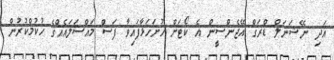
އަދި ނޭޝަނަލް ޑްރަގް އޭޖެންސީން އެ ކޯޓަށް ހުށަހަޅާފައިވާ ފަސް މައްސަލައެއްގެ ހުކުމްކުރުން